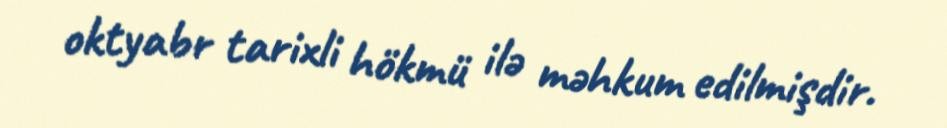
oktyabr tarixli hökmü ilə məhkum edilmişdir.